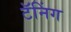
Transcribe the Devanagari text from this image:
टॅनिंग